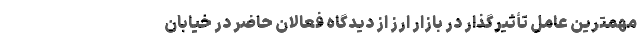
مهمترین عامل تأثیرگذار در بازار ارز از دیدگاه فعالان حاضر در خیابان